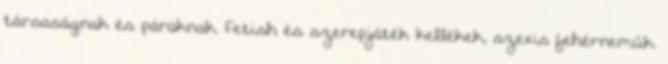
társaságnak és pároknak. Fetish és szerepjáték kellékek, szexis fehérneműk.